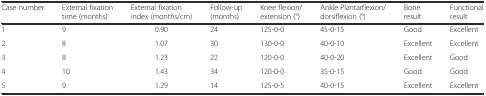
<table><thead><tr><td><b>Case number</b></td><td><b>External fixation time (months)</b></td><td><b>External fixation index (months/cm)</b></td><td><b>Follow-up (months)</b></td><td><b>Knee flexion/extension (°)</b></td><td><b>Ankle Plantarflexion/dorsiflexion (°)</b></td><td><b>Bone result</b></td><td><b>Functional result</b></td></tr></thead><tbody><tr><td>1</td><td>9</td><td>0.90</td><td>24</td><td>125-0-0</td><td>45-0-15</td><td>Good</td><td>Excellent</td></tr><tr><td>2</td><td>8</td><td>1.07</td><td>30</td><td>130-0-0</td><td>40-0-10</td><td>Excellent</td><td>Excellent</td></tr><tr><td>3</td><td>8</td><td>1.23</td><td>22</td><td>120-0-0</td><td>40-0-20</td><td>Excellent</td><td>Good</td></tr><tr><td>4</td><td>10</td><td>1.43</td><td>34</td><td>120-0-0</td><td>35-0-15</td><td>Good</td><td>Good</td></tr><tr><td>5</td><td>9</td><td>1.29</td><td>14</td><td>125-0-5</td><td>40-0-15</td><td>Excellent</td><td>Excellent</td></tr></tbody></table>